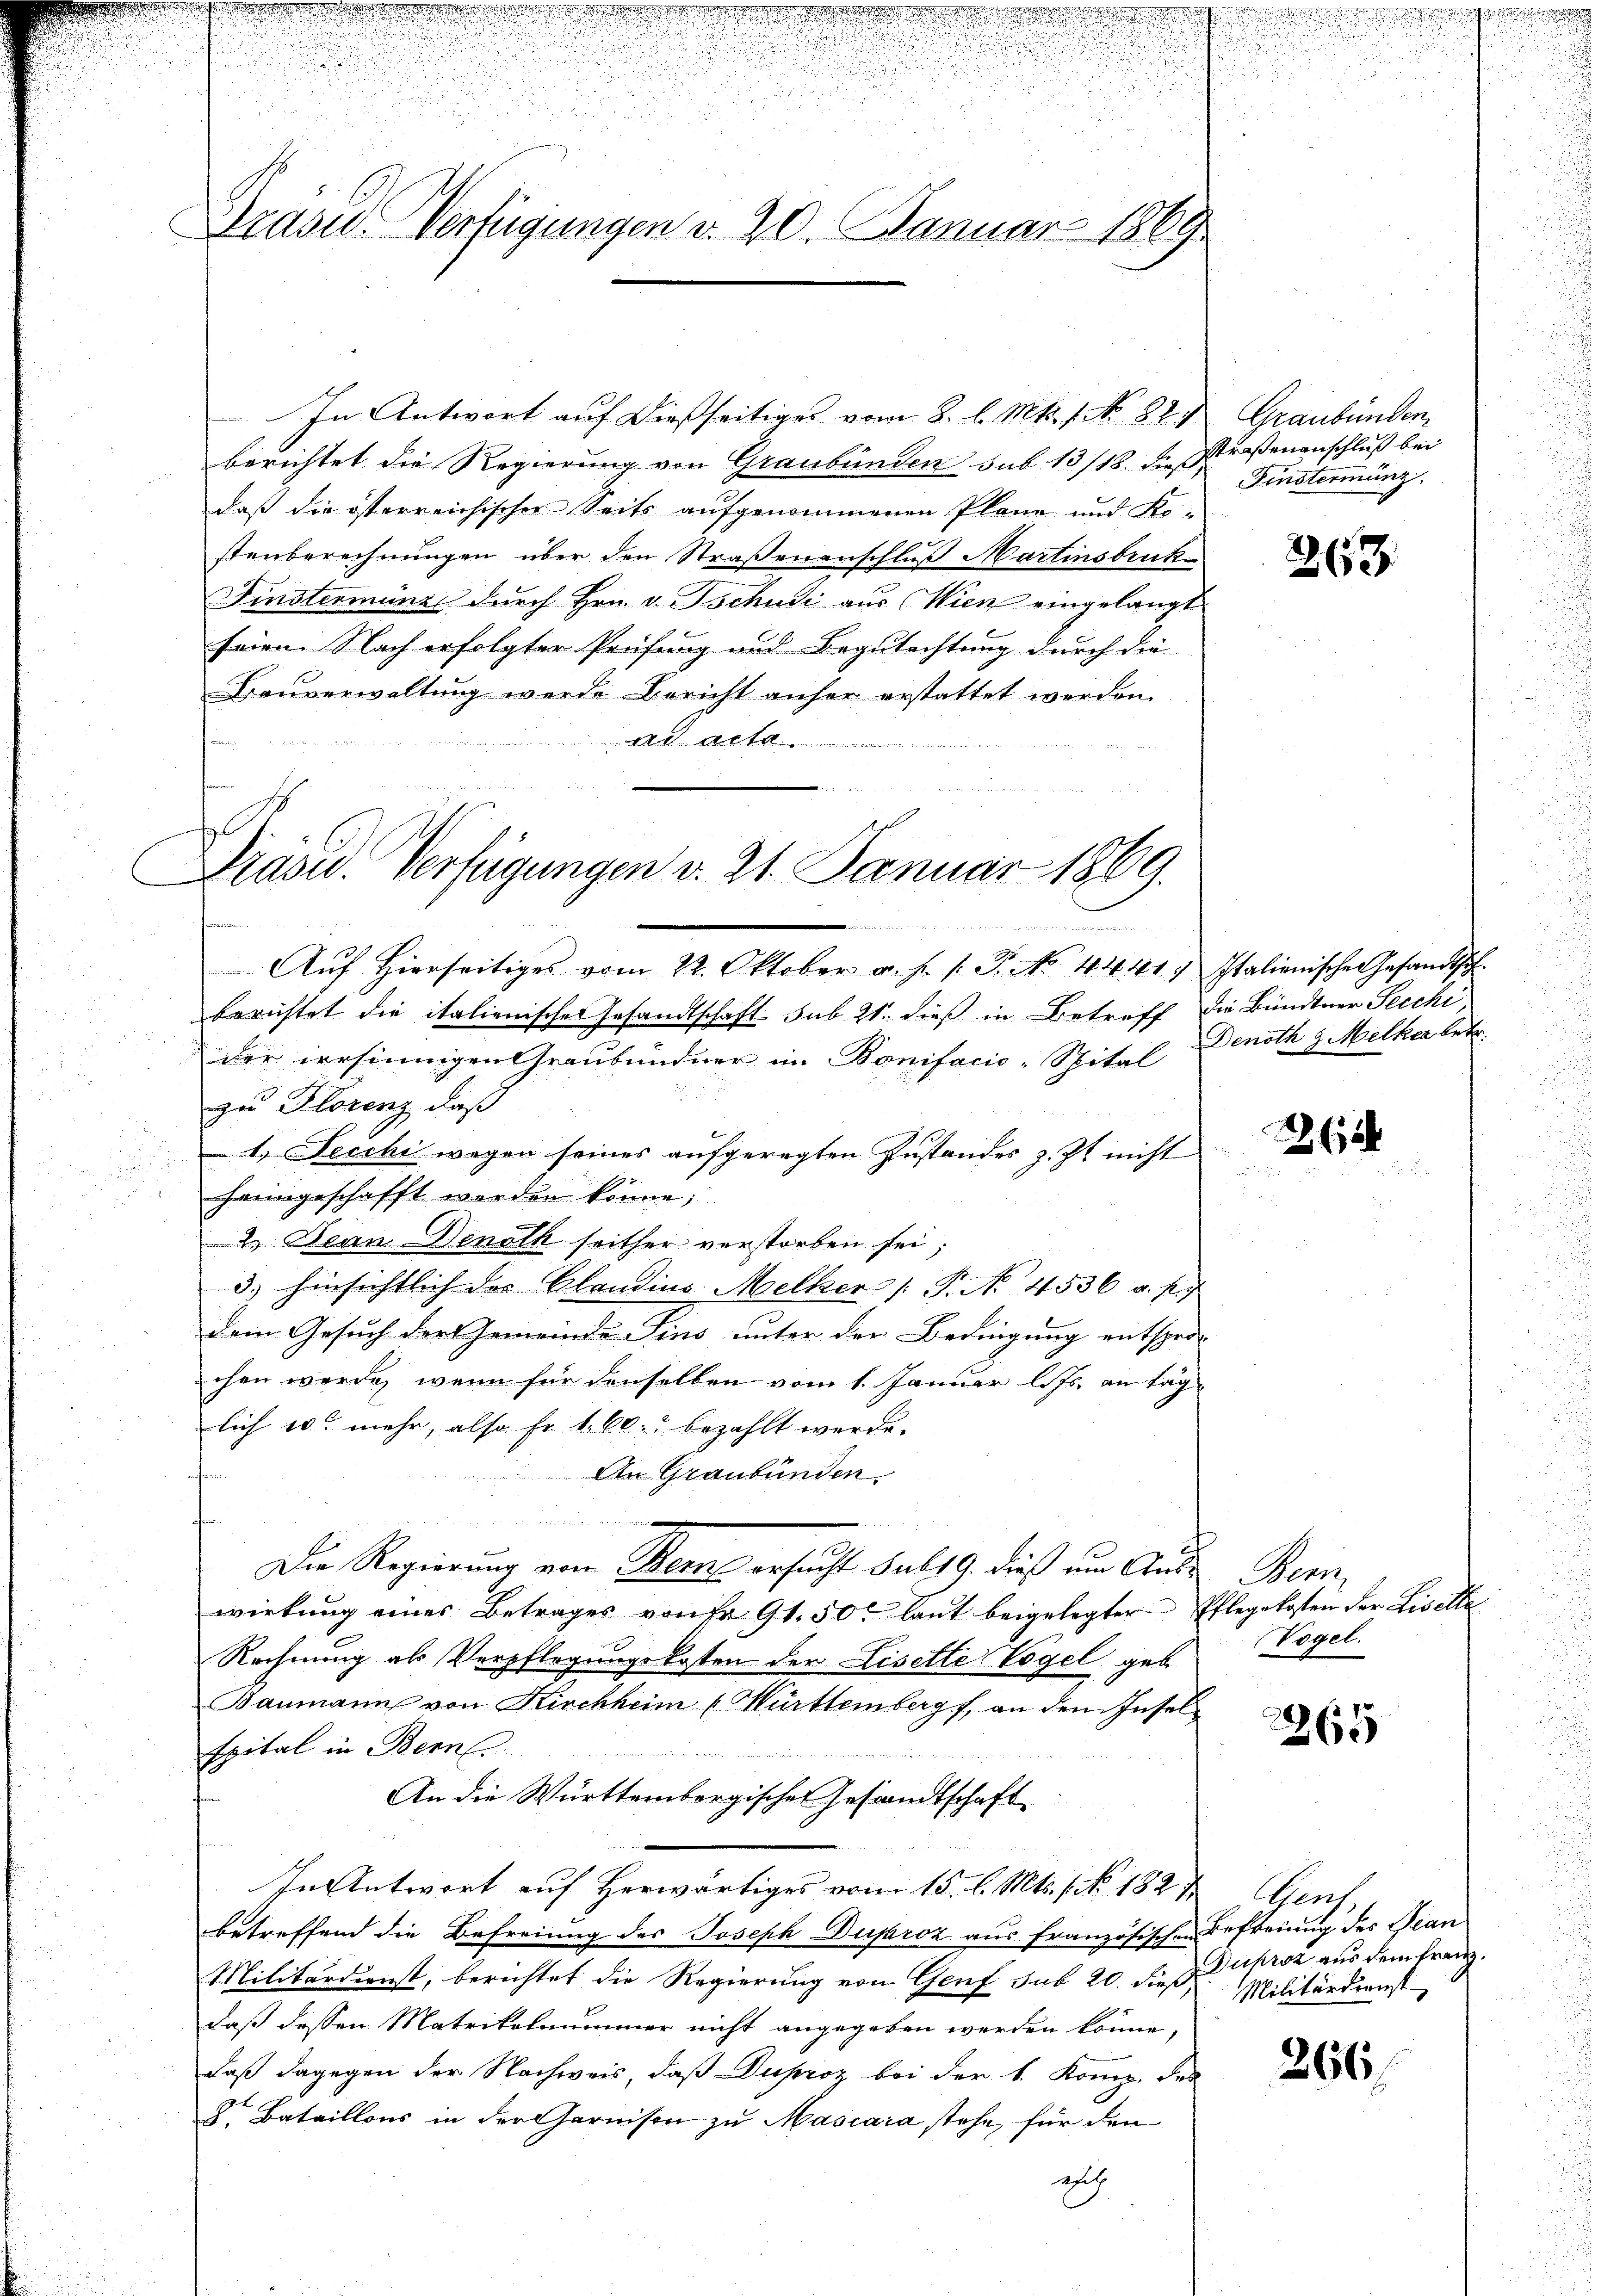
d
Brasi Verfügungen d. 20. Januar 1869

In Antwort auf dießseitiges vom 8. l. Mts. f. No. 827 Graubünden
berichtet die Regierung von Graubünden sub 13/18. Instraßenanschluß bei
daß die österreichischer Seits aufgenommenen Pläne und Ko-
stenberechnungen über den Straßenenschluß Martinsbruk-
Finsterminzl durch Hrn. v. Tschudi aus Wien eingelangt
feien. Nach erfolgter Prüfung und Begutachtung durch die
Bauverwaltung werde Bericht anher erstattet werden.
e
ad acta

berichtet die italienischer Gesandtschaft. sub 21. dieß in Betreff die Bündtner Secchi
der irrsinnigen Graubündner im Bonifacio-Spital Denoth v. Melka betr.
zu Florenz, daß
1. Fecchi wegen seines aufgeregten Zustandes z. Zt. nicht
heimgeschafft werden könne;
2.) Jean Denoth seither verstorben sei;
d.) hinsichtlich des Blandins. Melker /: P. Nr. 4536 a. p.
dem Gesuch der Gemeinde Fins unter der Bedingung entspro-
chen werde, wenn für denselben vom 1. Januar l. Js. an Tag
lich wo mehr, also fr. 1. 60. bezahlt werde.
An Graubünden
nw
d Base
e
Die Regierung von Bern ersucht sub 19. dieß um Aus-Bern
wirkung eines Betrages von Fr. 91. 50 laut beigelegter Pflegekosten der Liselte
Rechnung als Verpflegungskosten der Liselle Vögel geb
Baumann von Kirchheim Württemberg an den Inselspital in Bern.
An die Württembergischen Gesandtschaft
In Antwort auf herwärtiges vom 15. l. Mts. f. No. 182 & Genf
betreffend die Befreiung des Joseph Dusaroz aus französischen Befreiung des Bean
Militärdienst, berichtet die Regierung von Genf sub 20. dieß Militärdienst
daß dessen Matrikelnummer nicht angegeben werden könne,
daß dagegen der Nachweis, daß Duproz bei der 1. Komp. des
E
8. Bataillons in der Garnison zu Mascara stehe, für den
ah

Prasid. Verfügungen v. 21. Januar 1869.
n
Aŭf Hierseitiges vom 22. Oktober a. s. f. P. No. 4441. Italienischen Gesandtsch-

Fistermanz

263

e

Vogel.

2265

Duproz aus dem Franz.

266